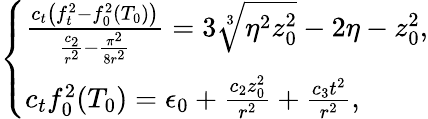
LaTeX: \left\{ \begin{array}{ll}{\frac{c_{t}\left(f_{t}^{2}-f_{0}^{2}(T_{0})\right)}{\frac{c_{2}}{r^{2}}-\frac{\pi^{2}}{8r^{2}}}=3\sqrt[3]{\eta^{2}z_{0}^{2}}-2\eta-z_{0}^{2},}\\ {c_{t}f_{0}^{2}(T_{0})=\epsilon_{0}+\frac{c_{2}z_{0}^{2}}{r^{2}}+\frac{c_{3}t^{2}}{r^{2}},}\end{array}\right.